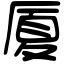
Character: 厦